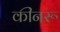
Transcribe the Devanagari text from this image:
कींनरू